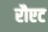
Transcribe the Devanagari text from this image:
रौएट